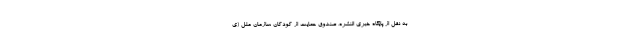
به نقل از پایگاه خبری النشره، صندوق حمایت از کودکان سازمان ملل (ی